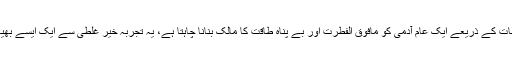
ناول کی کہانی کے مطابق ایک نوجوان سائنس دان وکٹر فینکنسٹائن تجربہ گاہ میں تجربات کے ذریعے ایک عام آدمی کو مافوق الفطرت اور بے پناہ طاقت کا مالک بنانا چاہتا ہے، یہ تجربہ خیر غلطی سے ایک ایسے بھیانک وجود کو جنم دے دیتا ہے جو خود اپنے بنانے والے سائنس دان کو ہی مار دیتا ہے۔